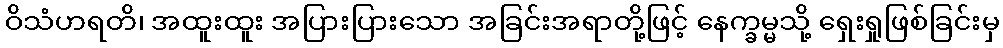
ဝိသံဟရတိ၊ အထူးထူး အပြားပြားသော အခြင်းအရာတို့ဖြင့် နေက္ခမ္မသို့ ရှေးရှုဖြစ်ခြင်းမှ